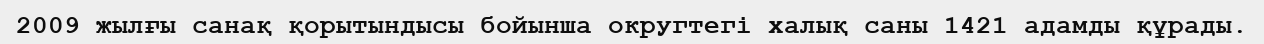
2009 жылғы санақ қорытындысы бойынша округтегі халық саны 1421 адамды құрады.